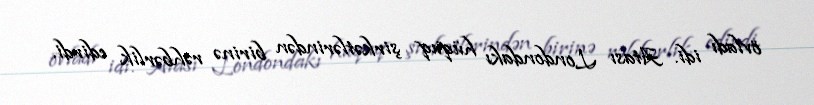
övladı idi. Atası Londondakı hüquq şirkətlərindən birinə rəhbərlik edirdi.